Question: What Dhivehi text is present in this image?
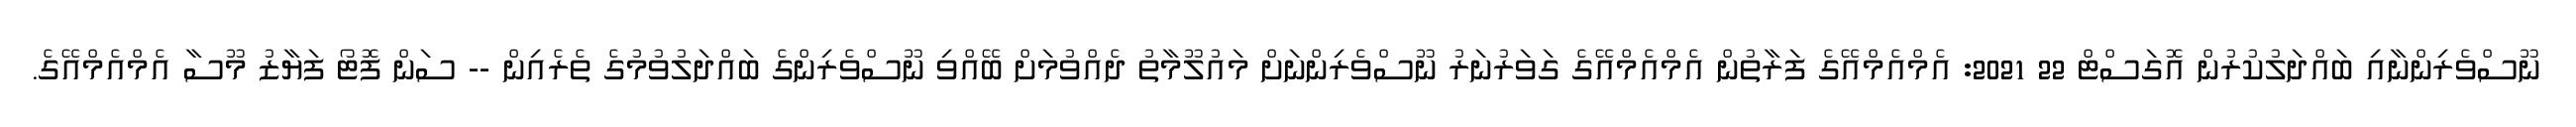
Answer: ނޫސްވެރިންނާއި ބައްދަލުކުރުން އޮގަސްޓް 22 2021: އެމްއެމްއޭގެ ފަރާތުން އެމްއެމްއޭގެ ގަވަރުނަރު ނޫސްވެރިންނަށް މައުލޫމާތު ދެއްވުމަށް ބޭއްވި ނޫސްވެރިންގެ ބައްދަލުވުމުގެ ތެރެއިން -- ސަން ފޮޓޯ ފަޔާޒު މޫސާ އެމްއެމްއޭގެ.